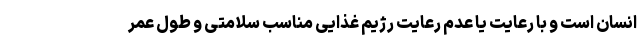
انسان است و با رعایت یا عدم رعایت رژیم غذایی مناسب سلامتی و طول عمر